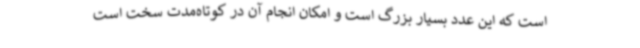
است که این عدد بسیار بزرگ است و امکان انجام آن در کوتاه‌مدت سخت است